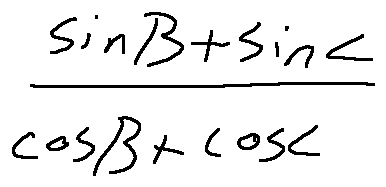
\frac { \sin B + \sin C } { \cos B + \cos C }